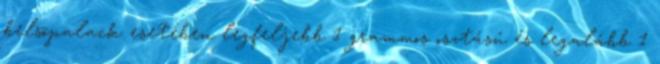
belsõpalack esetében legfeljebb 1 grammos osztású és legalább 1